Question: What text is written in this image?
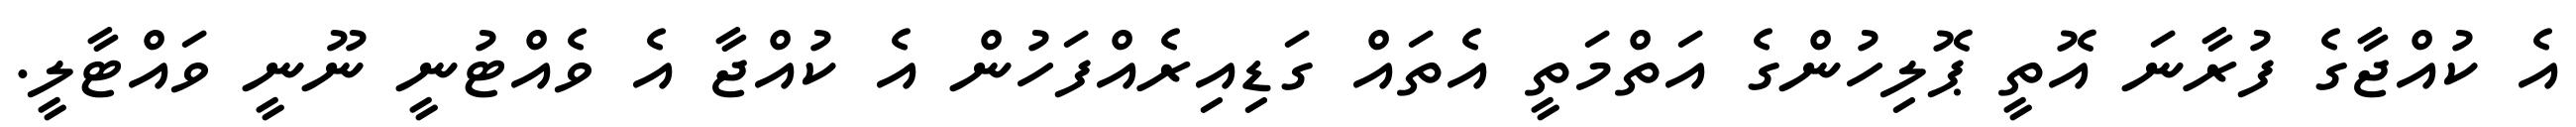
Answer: އެ ކުއްޖާގެ ފުރާނަ އޮތީ ޕޮލިހުންގެ އަތްމަތީ އެތައް ގަޑިއިރެއްފަހުން އެ ކުއްޖާ އެ ވެއްޓުނީ ނޫނީ ވައްޓާލީ.